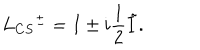
LaTeX: L _ { C S } { ^ { \pm } } = I \pm i { \frac { 1 } { 2 } } \tilde { I } .